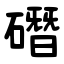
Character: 䃡